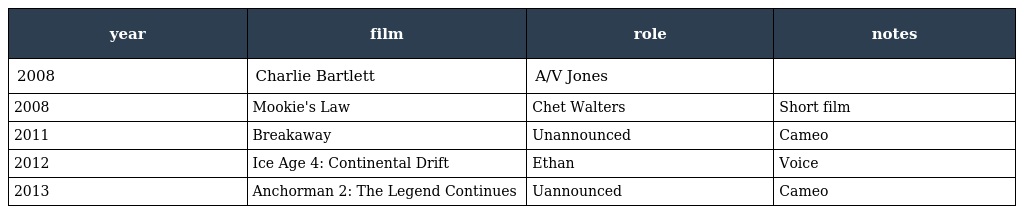
| year | film | role | notes |
 | --- | --- | --- | --- |
 | 2008 | Charlie Bartlett | A/V Jones |  |
 | 2008 | Mookie's Law | Chet Walters | Short film |
 | 2011 | Breakaway | Unannounced | Cameo |
 | 2012 | Ice Age 4: Continental Drift | Ethan | Voice |
 | 2013 | Anchorman 2: The Legend Continues | Uannounced | Cameo |